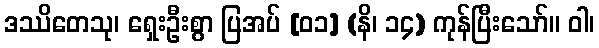
ဒဿိတေသု၊ ရှေးဦးစွာ ပြအပ် [၀၁] (နိ၊ ၁၄) ကုန်ပြီးသော်။ ဝါ၊